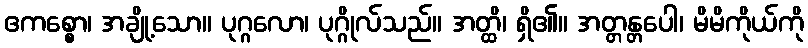
ဧကစ္စော၊ အချို့သော။ ပုဂ္ဂလော၊ ပုဂ္ဂိုလ်သည်။ အတ္ထိ၊ ရှိ၏။ အတ္တန္တပေါ၊ မိမိကိုယ်ကို